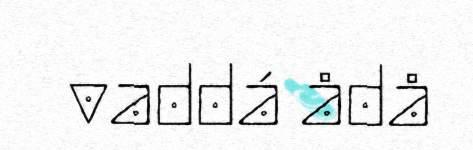
vaddá ådå